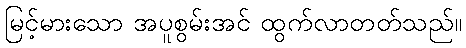
မြင့်မားသော အပူစွမ်းအင် ထွက်လာတတ်သည်။